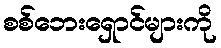
စစ်ဘေးရှောင်များကို